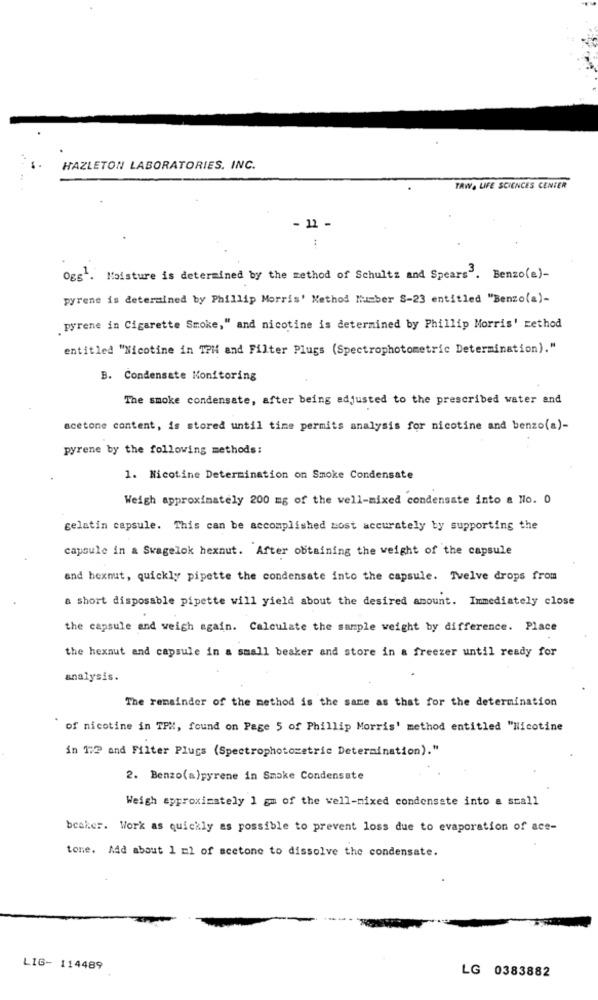
HAZLETON LABORATORIES. INC.
TAW, LIFE SCIENCES CENTER
- 11 -
Ogs'. Moisture is determined by the method of Schultz and Spears'. Benzo(a)-
pyrene is determined by Phillip Morris' Method Number S-23 entitled "Benzo(a)-
pyrene in Cigarette Smoke," and nicotine is determined by Phillip Morris' method
entitled "Nicotine in TPH and Filter Plugs (Spectrophotometric Determination)."
B. Condensate Monitoring
The smoke condensate, after being adjusted to the prescribed water and
acetone content, is stored until time permits analysis for nicotine and benzo(a)-
pyrene by the following methods:
1. Nicotine Determination on Smoke Condensate
Weigh approximately 200 mg of the well-mixed condensate into a No. 0
gelatin capsule. This can be accomplished most accurately by supporting the
capsule in a Svagelok hexnut. After obtaining the weight of the capsule
and hexnut, quickly pipette the condensate into the capsule. Tvelve drops from
a short disposable pipette will yield about the desired amount. Immediately close
the capsule and weigh again. Calculate the sample weight by difference. Place
the hexnut and capsule in a small beaker and store in a freezer until ready for
analysis.
The remainder of the method is the same as that for the determination
of nicotine in TPX, found on Page 5 of Phillip Morris' method entitled "Nicotine
in 1:2 and Filter Plugs (Spectrophotometric Deteraination)."
2. Benzo(a)pyrene in Smoke Condensate
Weigh approximately 1 gm of the well-mixed condensate into a small
beaker. Work as quickly as possible to prevent loss due to evaporation of ace-
tone. Add about 1 ml of acetone to dissolve the condensate.
LIG- 114489
LG 0383882